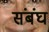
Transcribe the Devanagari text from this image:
संबंघ